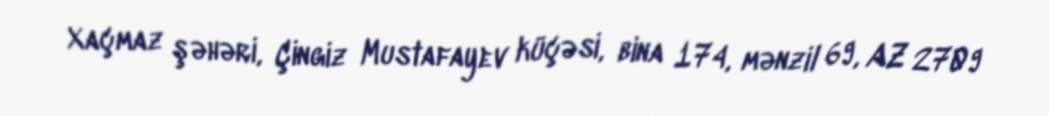
Xaçmaz şəhəri, Çingiz Mustafayev küçəsi, bina 174, mənzil 69, AZ 2709